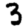
Digit: 3